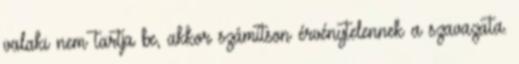
valaki nem tartja be, akkor számítson érvénytelennek a szavazata.